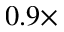
0 . 9 \times